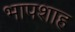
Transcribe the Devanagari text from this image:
भापशाह